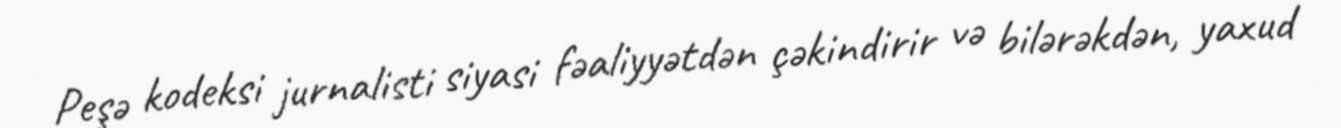
Peşə kodeksi jurnalisti siyasi fəaliyyətdən çəkindirir və bilərəkdən, yaxud